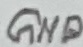
Text: GND